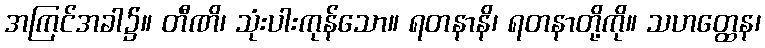
အကြင်အခါ၌။ တီဏိ၊ သုံးပါးကုန်သော။ ရတနာနိ၊ ရတနာတို့ကို။ သဟတ္ထေန၊